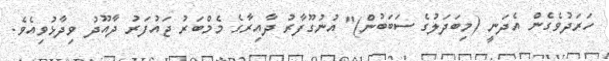
ހަރަދުވެގެން އެދަނީ (މިބަދަލުގެ ސަބަބުން)" އުނުގޫފާރު ދާއިރާގެ މެމްބަރު ޖައުފަރު ދާއޫދު ވިދާޅުވިއެވެ.